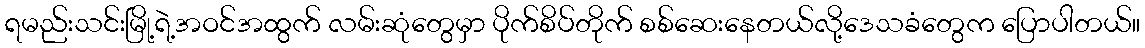
ရမည်းသင်းမြို့ရဲ့အဝင်အထွက် လမ်းဆုံတွေမှာ ပိုက်စိပ်တိုက် စစ်ဆေးနေတယ်လို့ဒေသခံတွေက ပြောပါတယ်။